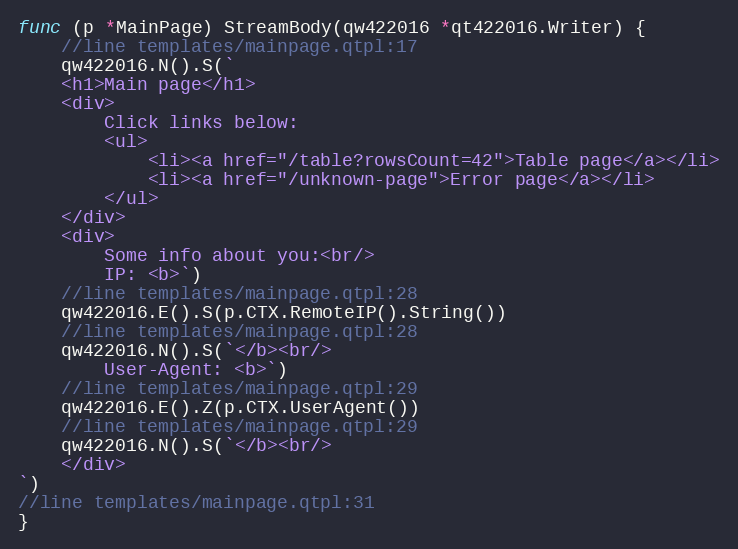
Language: Go
func (p *MainPage) StreamBody(qw422016 *qt422016.Writer) {
	//line templates/mainpage.qtpl:17
	qw422016.N().S(`
	<h1>Main page</h1>
	<div>
		Click links below:
		<ul>
			<li><a href="/table?rowsCount=42">Table page</a></li>
			<li><a href="/unknown-page">Error page</a></li>
		</ul>
	</div>
	<div>
		Some info about you:<br/>
		IP: <b>`)
	//line templates/mainpage.qtpl:28
	qw422016.E().S(p.CTX.RemoteIP().String())
	//line templates/mainpage.qtpl:28
	qw422016.N().S(`</b><br/>
		User-Agent: <b>`)
	//line templates/mainpage.qtpl:29
	qw422016.E().Z(p.CTX.UserAgent())
	//line templates/mainpage.qtpl:29
	qw422016.N().S(`</b><br/>
	</div>
`)
//line templates/mainpage.qtpl:31
}